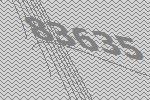
83635